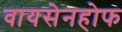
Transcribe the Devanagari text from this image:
वायसेनहोफ